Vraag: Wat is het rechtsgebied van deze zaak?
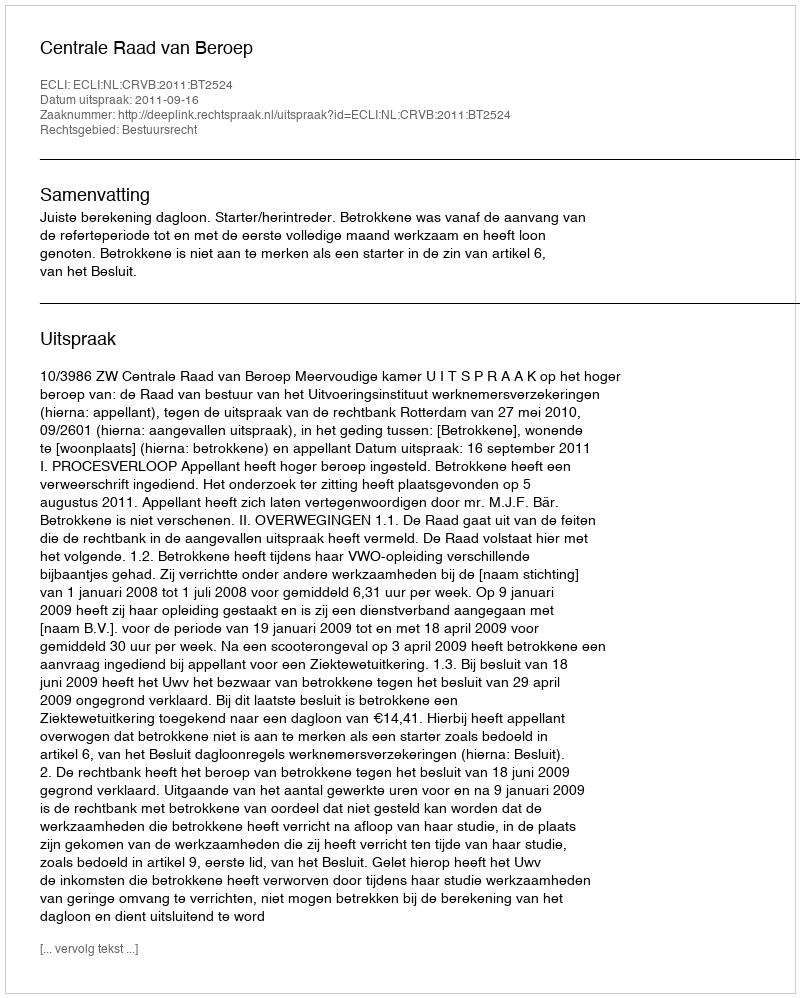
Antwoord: Bestuursrecht